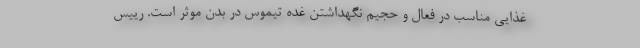
غذایی مناسب در فعال‌ و حجیم‌ نگهداشتن غده تیموس در بدن موثر است. رییس